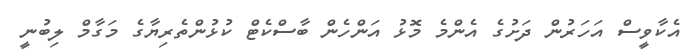
އެކާވީސް އަހަރުން ދަށުގެ އެންމެ މޮޅު އަންހެން ބާސްކެޓް ކުޅުންތެރިޔާގެ މަގާމް ލިބުނީ